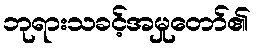
ဘုရားသခင့်အမှုတော်၏